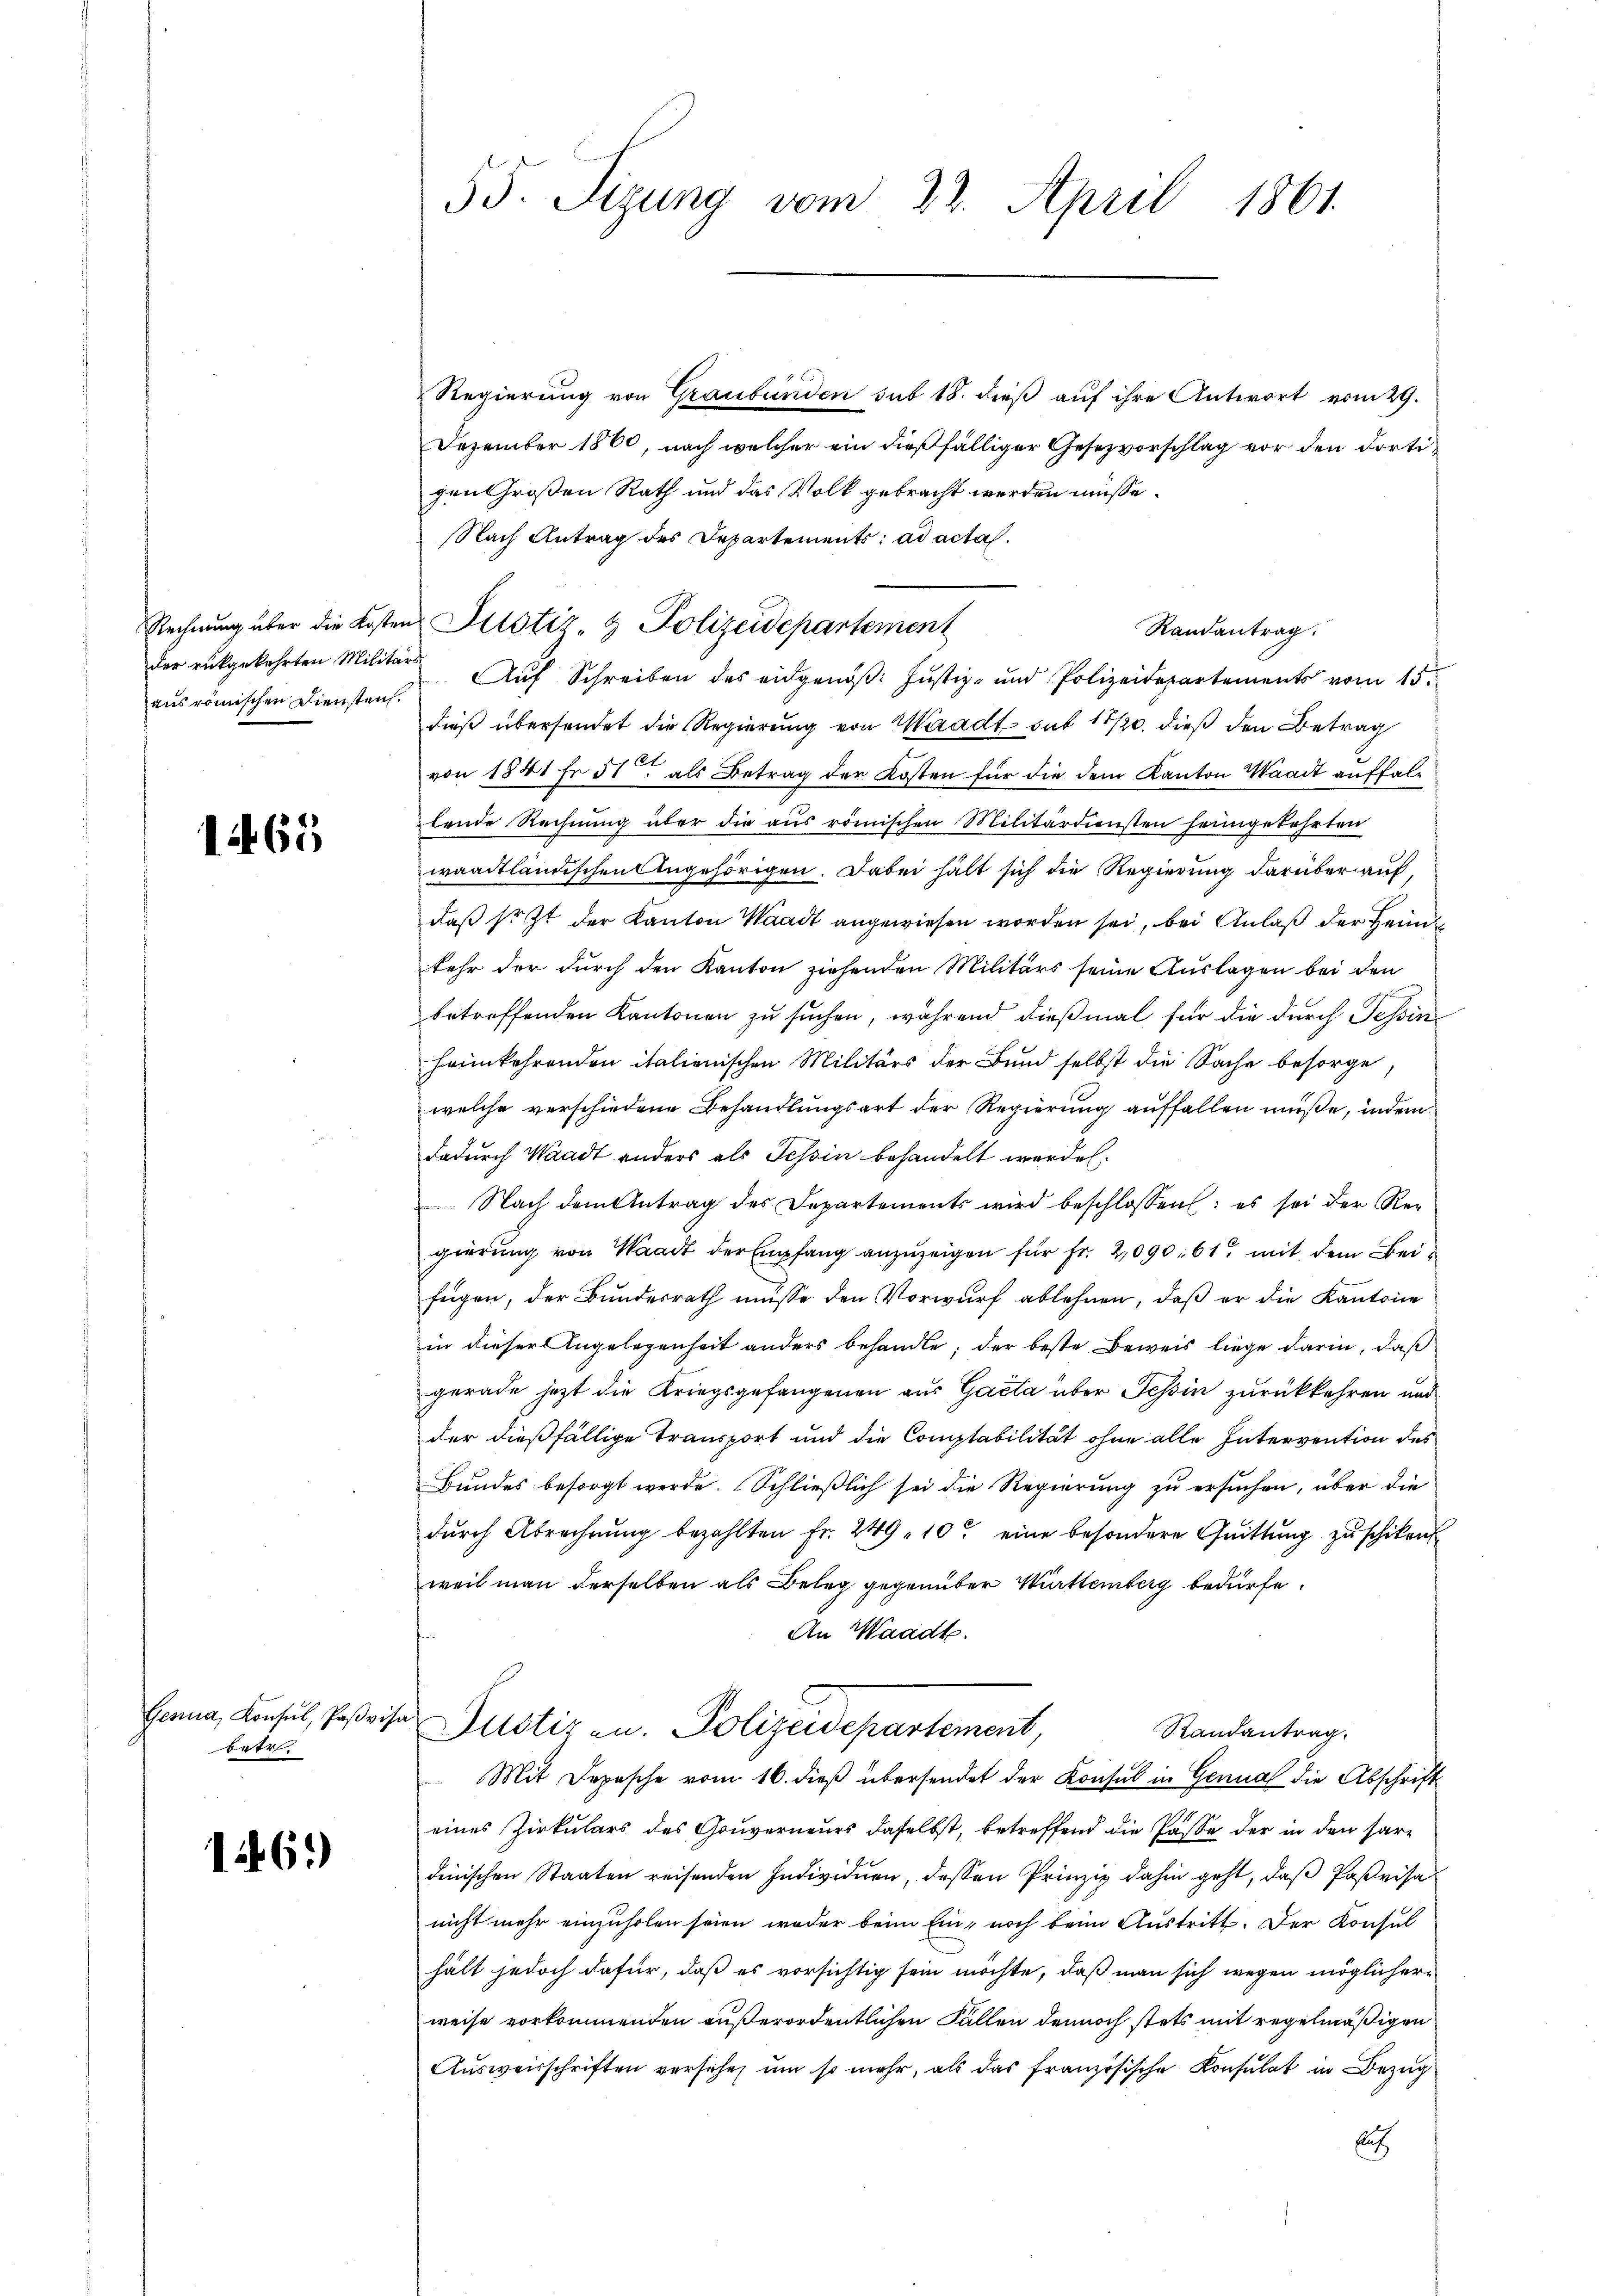
Rechnung über die Kosten
der rückgekehrten Militaaus römischen Diensten.

1465

Gesina, Konsul, Paβvisa
betr.

16.)

55. Sizung vom 22. April 1861.

Regierung von Graubünden sub 18. dieß auf ihre Antwort vom 29.
Dezember 1860, nach welcher ein dießfälliger Gesezvorschlag vor den dortigen Großen Rath und das Volk gebracht werden müsse.
Nach Antrag des Departements: ad acta.
Randantrag.
Auf Schreiben des eidgenöß: Justiz- und Polizeidepartements vom 15.
dieß übersendet die Regierung von Waadt sub 17/20. dieß den Betrag
von 1841 Fr. 51. als Betrag der Kosten für die dem Kanton Waadt auffallende Rechnung über die aus römischen Militärdiensten heimgekehrten
waadtländischen Angehörigen. Dabei hält sich die Regierung darüber auf
daβ soit der Kanton Waadt angewiesen worden sei, bei Anlaß der Heimkehr der durch den Kanton ziehenden Militärs seine Auslagen bei den
betreffenden Kantonen zu suchen, während dießmal für die durch Tessin
heimkehrenden italienischen Militärs der Bund selbst die Sache besorge,
welche verschiedene Behandlungsart der Regierung auffallen müße, indem
dadurch Waadt anders als Tessin behandelt werden.
Nach dem Antrag des Departements wird beschlossen: es sei der Reg
gierung von Waadt der Empfang anzuzeigen für Fr. 2090, 61 mit dem Beifügen, der Bundesrath müsse den Vorwurf ablehnen, daß er die Kantone
in dieser Angelegenheit anders behandle; der beste Beweis liege darin, daß
gerade jetzt die Kriegsgefangenen aus Gacta über Tessin zurückkehren und
der dießfällige Transport und die Comptabilität ohne alle Intervention des
Bundes besorgt werde. Schließlich sei die Regierung zu ersuchen, über die
dŭrch Abrechnŭng bezahlten Fr. 249 - 10. eine besondere Quittŭng zŭ schiken
weil man derselben als Beleg gegenüber Württemberg bedürfe.
An Waadt.
Alotizen. Polizeidepartement,
Randantrag.
Mit Depesche vom 16. dieß übersendet der Konsul in Genua die Abschrift
eines Zirkulars des Gouverneurs daselbst, betreffend die Pässe der in den hardinischen Staaten reisenden Individuen, dessen Prinzip dahin geht, daß Parisa
nicht mehr einzuholen seien weder beim Ein- noch beim Austritt. Der Konsul
hält jedoch dafür, daß es vorsichtig sein möchte, daß man sich wegen möglicherweise vorkommenden außerordentlichen Fallen dennoch stets mit regelmäßigen
Ausweisschriften versehen um so mehr, als das französische Konsulat in Bezug
lt

u Justiz- & Polizeidepartement